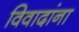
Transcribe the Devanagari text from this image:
विवादांना